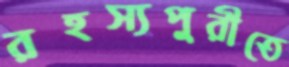
রহস্যপুরীতে